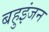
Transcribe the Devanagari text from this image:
बहुइंजन